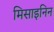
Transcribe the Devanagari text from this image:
मिसाइनिन